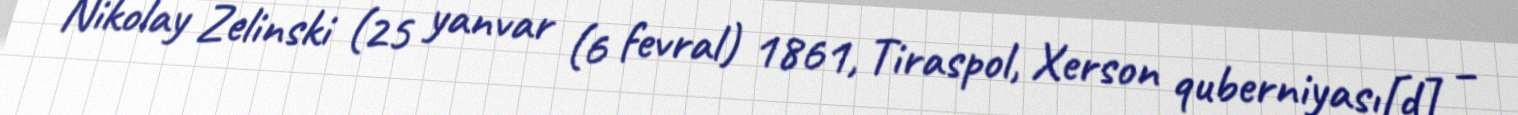
Nikolay Zelinski (25 yanvar (6 fevral) 1861, Tiraspol, Xerson quberniyası[d] –